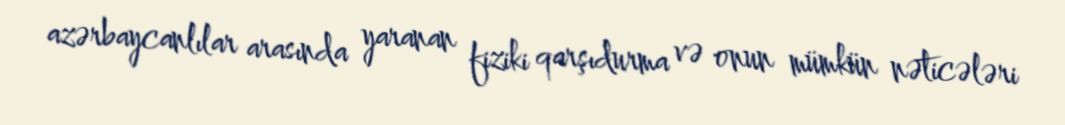
azərbaycanlılar arasında yaranan fiziki qarşıdurma və onun mümkün nəticələri